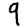
Digit: 9